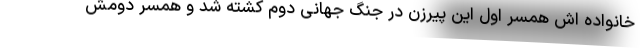
خانواده اش همسر اول این پیرزن در جنگ جهانی دوم کشته شد و همسر دومش